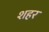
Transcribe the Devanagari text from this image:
शहर